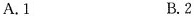
A.1 B.2